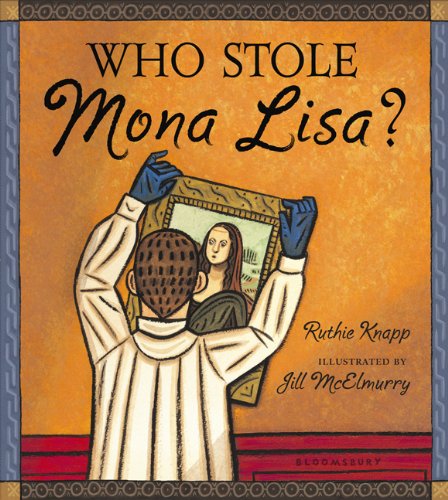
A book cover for Who Stole Mona Lisa?; Ruthie Knapp; Children's Books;